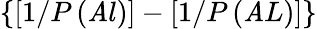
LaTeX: \{ [1/P\left(\mathit{A}l\right)]-[1/P\left(\mathit{A}L\right)]\}